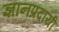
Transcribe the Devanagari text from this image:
ज्ञानप्रदायी